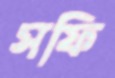
সফি